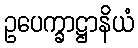
ဥပေက္ခာဋ္ဌာနိယံ